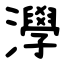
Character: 㶅